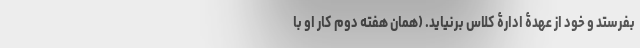
بفرستد و خود از عهدۀ ادارۀ کلاس برنیاید. (همان هفته دوم کار او با